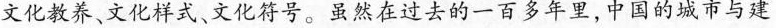
文化教养、文化样式、文化符号。虽然在过去的一百多年里，中国的城市与建